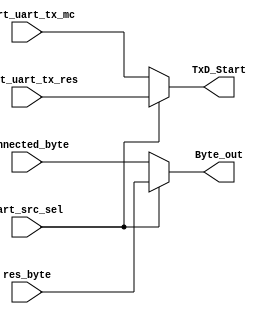
`timescale 1ns / 1ps
//////////////////////////////////////////////////////////////////////////////////
// Company: 
// 
// Design Name:      SRT Correlator Master Control
// Module Name:    uart_src_muxes 
// Project Name:      SRT Correlator
// Target Devices: 
// Tool versions: 
// Description: 
//
// Dependencies: 
//
// Revision: 
// Revision 0.01 - File Created
// Additional Comments: 
//
//////////////////////////////////////////////////////////////////////////////////
module uart_src_muxes
(
    input uart_src_sel,
    input start_uart_tx_res,
    input start_uart_tx_mc,
    input [7:0] res_byte,
    input [7:0] connected_byte,
    
    output TxD_Start,
    output [7:0] Byte_out
);

    assign TxD_Start    = uart_src_sel ? start_uart_tx_res : start_uart_tx_mc;
    assign Byte_out     = uart_src_sel ? res_byte : connected_byte;

endmodule